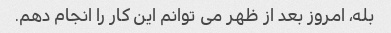
بله، امروز بعد از ظهر می توانم این کار را انجام دهم.